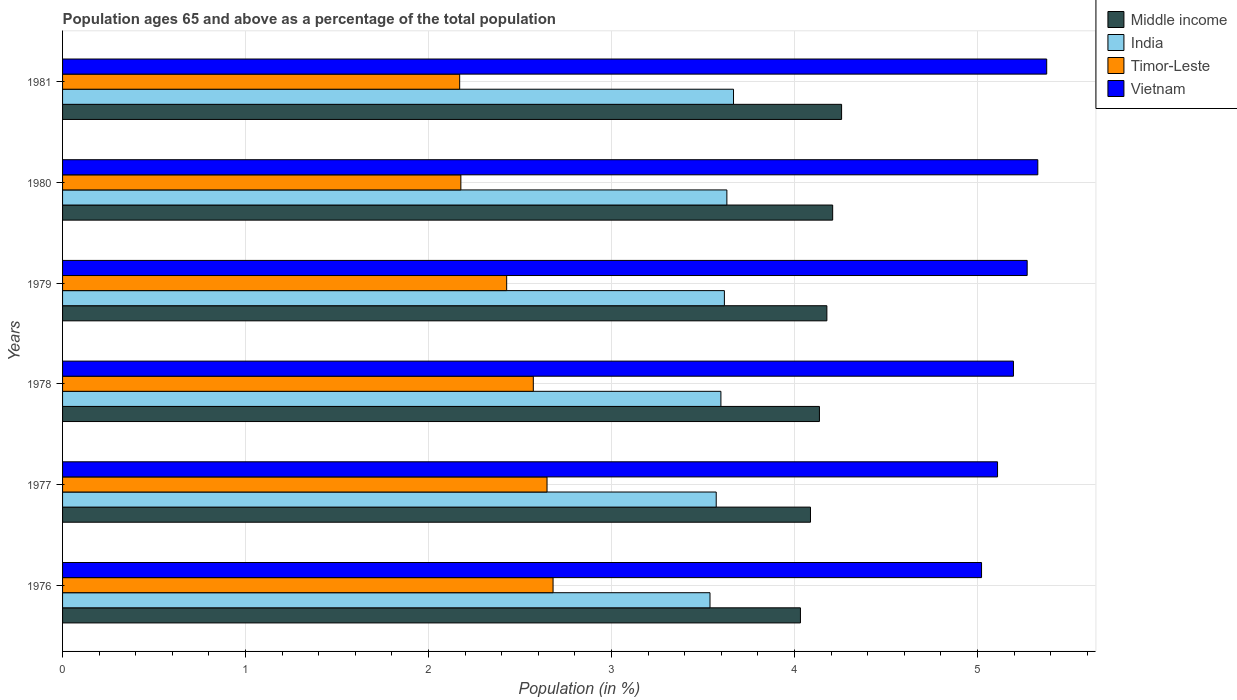
| Years | Middle income | India | Timor-Leste | Vietnam |
 | --- | --- | --- | --- | --- |
 | 1976 | 4.03 | 3.54 | 2.68 | 5.02 |
 | 1977 | 4.09 | 3.57 | 2.65 | 5.11 |
 | 1978 | 4.14 | 3.6 | 2.57 | 5.2 |
 | 1979 | 4.18 | 3.62 | 2.43 | 5.27 |
 | 1980 | 4.21 | 3.63 | 2.18 | 5.33 |
 | 1981 | 4.26 | 3.67 | 2.17 | 5.38 |